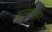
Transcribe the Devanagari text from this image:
ब्राम्हणवाद